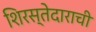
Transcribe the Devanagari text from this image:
शिरस्तेदाराची